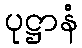
ပုဋ္ဌာနံ